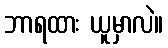
ဘာရထား ယူမှာလဲ။